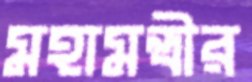
মহামন্ত্রীর